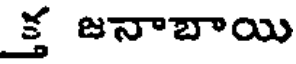
క్త జనాబాయి